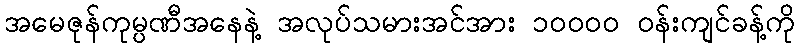
အမေဇုန်ကုမ္ပဏီအနေနဲ့ အလုပ်သမားအင်အား ၁၀၀၀၀ ဝန်းကျင်ခန့်ကို